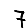
Digit: 7